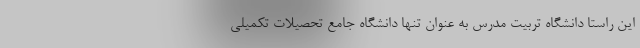
این راستا دانشگاه تربیت مدرس به عنوان تنها دانشگاه جامع تحصیلات تکمیلی